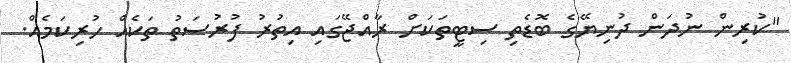
"ކުރިން ނުދަން ދުނިޔޭގެ ބޮޑެތި ސިޓީތަކަށް ރާއްޖޭގައި އިތުރު ފުރުސަތު ތަކެއް ހުރިކަމެއް.